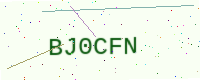
Text: BJ0CFN